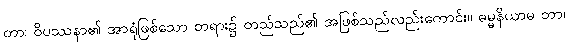
တာ၊ ဝိပဿနာ၏ အာရုံဖြစ်သော တရား၌ တည်သည်၏ အဖြစ်သည်လည်းကောင်း။ ဓမ္မနိယာမ တာ၊